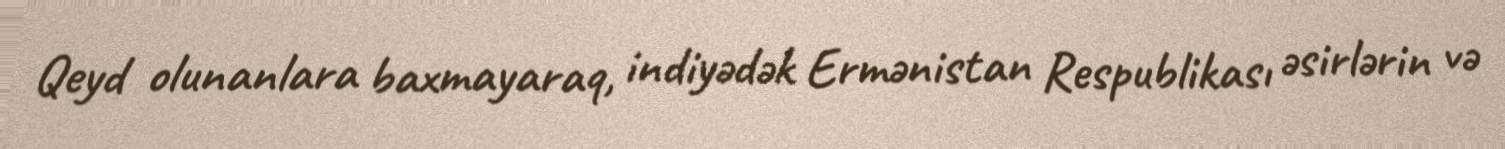
Qeyd olunanlara baxmayaraq, indiyədək Ermənistan Respublikası əsirlərin və